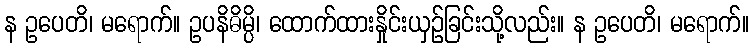
န ဥပေတိ၊ မရောက်။ ဥပနိဓိမ္ပိ၊ ထောက်ထားနှိုင်းယှဉ်ခြင်းသို့လည်း။ န ဥပေတိ၊ မရောက်။